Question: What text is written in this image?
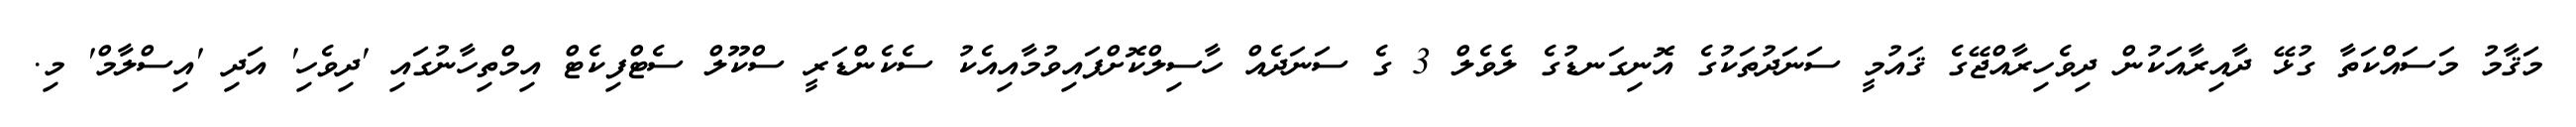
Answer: މަޤާމު މަސައްކަތާ ގުޅޭ ދާއިރާއަކުން ދިވެހިރާއްޖޭގެ ޤައުމީ ސަނަދުތަކުގެ އޮނިގަނޑުގެ ލެވެލް 3 ގެ ސަނަދެއް ހާސިލްކޮށްފައިވުމާއިއެކު ސެކެންޑަރީ ސްކޫލް ސެޓްފިކެޓް އިމްތިހާނުގައި 'ދިވެހި' އަދި 'އިސްލާމް' މި.